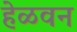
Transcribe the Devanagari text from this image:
हेळवन